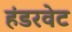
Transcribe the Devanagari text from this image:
हंडरवेट